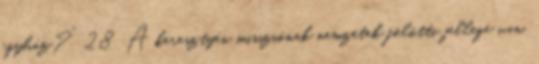
egyház?” 28 A keresztyén missziónak nemzetek fölötti jellege van.